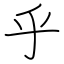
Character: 乎